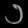
Digit: ၁